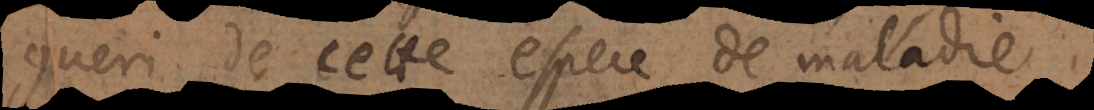
gueri de cette espece de maladie.